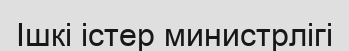
Ішкі істер министрлігі